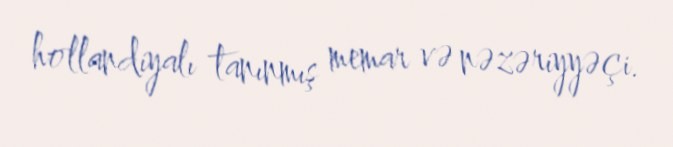
hollandiyalı tanınmış memar və nəzəriyyəçi.